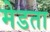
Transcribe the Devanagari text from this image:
मेडता